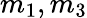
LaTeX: m_{1},m_{3}